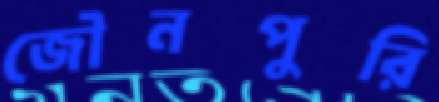
জৌনপুরি